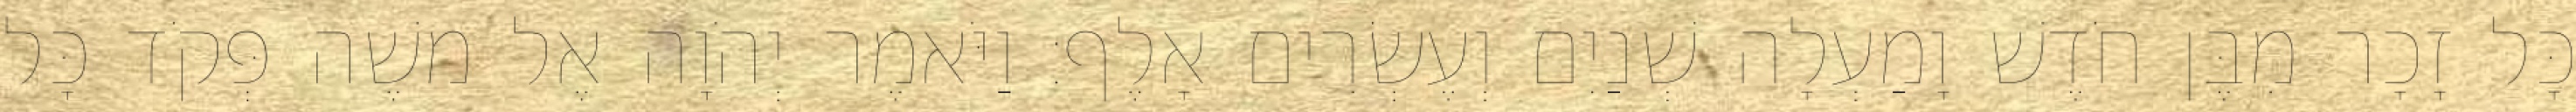
כָּל זָכָר מִבֶּן חֹדֶשׁ וָמַעְלָה שְׁנַיִם וְעֶשְׂרִים אָלֶף׃ וַיֹּאמֶר יְהֹוָה אֶל משֶׁה פְּקֹד כָּל